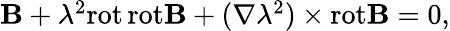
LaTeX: \begin{array}{r}{{\mathbf B}+\lambda^{2}\mathrm{rot}\, \mathrm{rot}{\mathbf B}+(\nabla\lambda^{2})\times\mathrm{rot}{\mathbf B}=0,}\end{array}